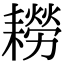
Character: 耮